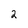
Character: 2